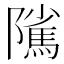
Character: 隲